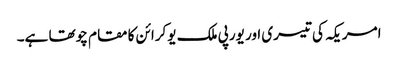
امریکہ کی تیسری اور یورپی ملک یوکرائن کا مقام چوتھا ہے۔